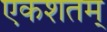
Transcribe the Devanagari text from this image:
एकशतम्